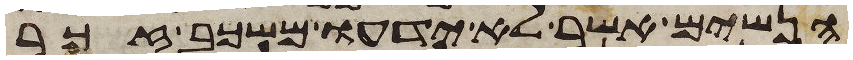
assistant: הנשים אשר לא ידעו משכב זכר